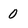
Character: 0